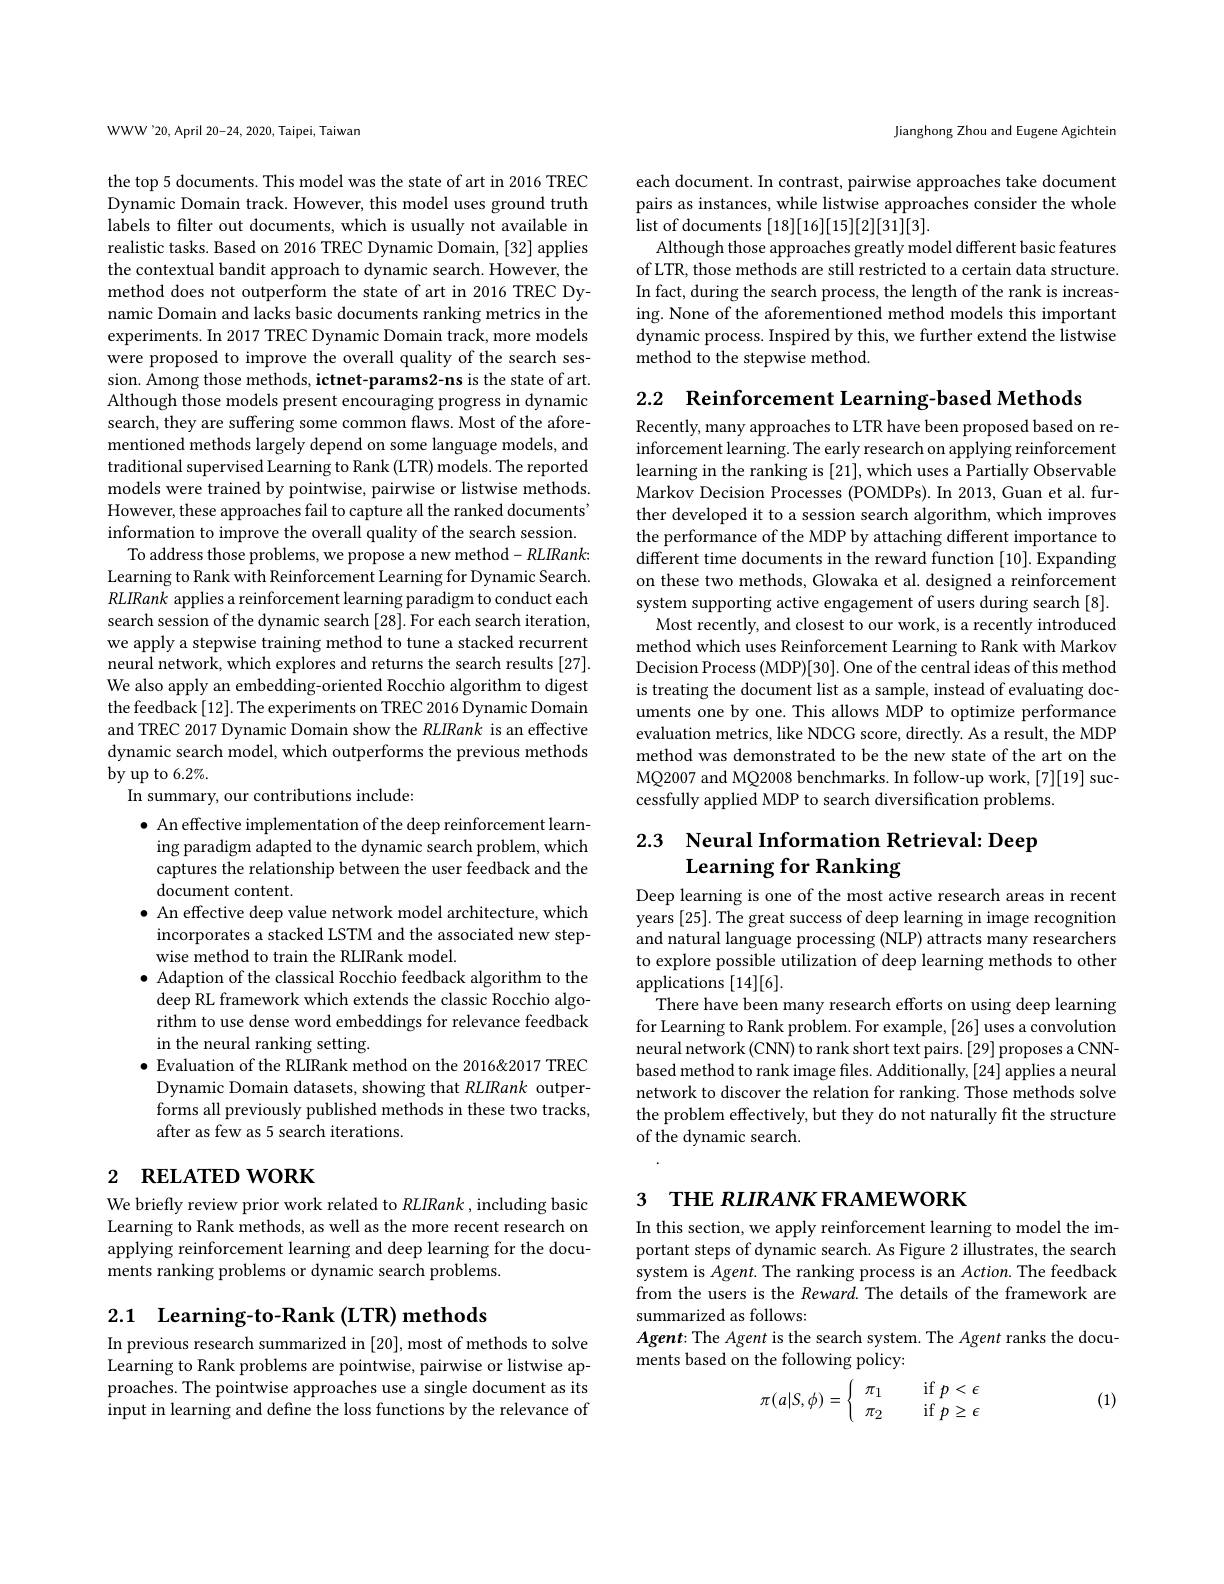
WWW'20, April 20-24, 2020, Taipei, Taiwan

the top 5 documents. This model was the state of art in 2016 TREC Dynamic Domain track. However, this model uses ground truth labels to filter out documents, which is usually not available in realistic tasks. Based on 2016 TREC Dynamic Domain, [32] applies the contextual bandit approach to dynamic search. However, the method does not outperform the state of art in 2016 TREC Dynamic Domain and lacks basic documents ranking metrics in the experiments. In 2017 TREC Dynamic Domain track, more models were proposed to improve the overall quality of the search session. Among those methods, ictnet-params2-ns is the state of art. Although those models present encouraging progress in dynamic search, they are suffering some common flaws. Most of the aforementioned methods largely depend on some language models, and traditional supervised Learning to Rank (LTR) models. The reported models were trained by pointwise, pairwise or listwise methods. However, these approaches fail to capture all the ranked documents" information to improve the overall quality of the search session.
To address those problems, we propose a new method- RLIRank: Learning to Rank with Reinforcement Learning for Dynamic Search. RLIRank applies a reinforcement learning paradigm to conduct each search session of the dynamic search [28]. For each search iteration, we apply a stepwise training method to tune a stacked recurrent neural network, which explores and returns the search results [27]. We also apply an embedding-oriented Rocchio algorithm to digest the feedback [12]. The experiments on TREC 2016 Dynamic Domain and TREC 2017 Dynamic Domain show the RLIRank is an effective dynamic search model, which outperforms the previous methods by up to 6.2%.
In summary, our contributions include:
$\bullet$ An effective implementation of the deep reinforcement learning paradigm adapted to the dynamic search problem, which captures the relationship between the user feedback and the document content.
$\bullet$ An effective deep value network model architecture, which incorporates a stacked LSTM and the associated new stepwise method to train the RLIRank model.
$\bullet$ Adaption of the classical Rocchio feedback algorithm to the deep RL framework which extends the classic Rocchio algorithm to use dense word embeddings for relevance feedback in the neural ranking setting.
$\bullet$ Evaluation of the RLIRank method on the 2016&2017 TREC
Dynamic Domain datasets, showing that RLIRank outperforms all previously published methods in these two tracks, after as few as 5 search iterations.
2 RELATED WORK

We briefly review prior work related to RLIRank, including basic Learning to Rank methods, as well as the more recent research on applying reinforcement learning and deep learning for the documents ranking problems or dynamic search problems.

2.1 Learning-to-Rank (LTR) methods

In previous research summarized in [20],most of methods to solve Learning to Rank problems are pointwise, pairwise or listwise approaches. The pointwise approaches use a single document as its input in learning and define the loss functions by the relevance of

Jianghong Zhou and Eugene Agichtein

each document. In contrast, pairwise approaches take document pairs as instances, while listwise approaches consider the whole list of documents [18][16][15][2][31][3].
Although those approaches greatly model different basic features of LTR, those methods are still restricted to a certain data structure. In fact, during the search process, the length of the rank is increasing. None of the aforementioned method models this important dynamic process. Inspired by this, we further extend the listwise method to the stepwise method.

2.2 Reinforcement Learning-based Methods

Recently, many approaches to LTR have been proposed based on reinforcement learning. The early research on applying reinforcement learning in the ranking is [21],which uses a Partially Observable Markov Decision Processes (POMDPs). In 2013, Guan et al. further developed it to a session search algorithm, which improves the performance of the MDP by attaching different importance to different time documents in the reward function [10]. Expanding on these two methods, Glowaka et al. designed a reinforcement system supporting active engagement of users during search [8]. Most recently, and closest to our work, is a recently introduced
method which uses Reinforcement Learning to Rank with Markov Decision Process (MDP)[30]. One of the central ideas of this method is treating the document list as a sample, instead of evaluating documents one by one. This allows MDP to optimize performance evaluation metrics, like NDCG score, directly. As a result, the MDP method was demonstrated to be the new state of the art on the MQ2007 and MQ2008 benchmarks. In follow-up work, [7][19] successfully applied MDP to search diversification problems

# 2.3 Neural Information Retrieval: Deep Learning for Ranking

Deep learning is one of the most active research areas in recent years [25]. The great success of deep learning in image recognition and natural language processing (NLP) attracts many researchers to explore possible utilization of deep learning methods to other $\tilde{\text{applications}}[14][6].$
There have been many research efforts on using deep learning for Learning to Rank problem. For example, [26] uses a convolution neural network (CNN) to rank short text pairs. [29] proposes a CNNbased method to rank image files. Additionally, [24] applies a neural network to discover the relation for ranking. Those methods solve the problem effectively, but they do not naturally fit the structure of the dynamic search.

3 THE RLIRANK FRAMEWORK

In this section, we apply reinforcement learning to model the important steps of dynamic search. As Figure 2 illustrates, the search system is Agent. The ranking process is an Action. The feedback from the users is the Reward. The details of the framework are summarized as follows:
Agent: The Agent is the search system. The Agent ranks the docu-
ments based on the following policy:

(1)
$$\pi(a|S,\phi)=\left\{\begin{array}{cl}\pi_1&\quad\text{if}\:p<\epsilon\\\pi_2&\quad\text{if}\:p\geq\epsilon\end{array}\right.$$